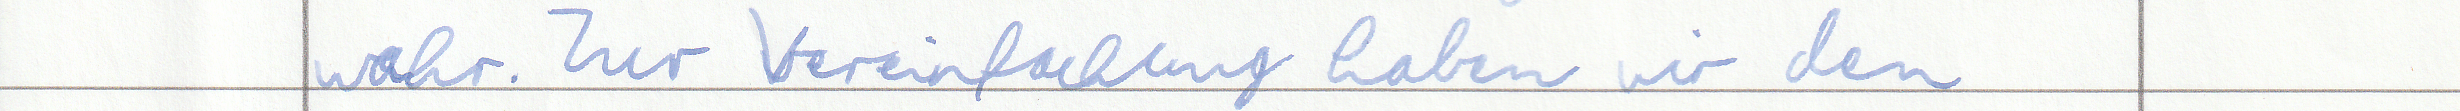
wahr. Zur Vereinfachung haben wir den